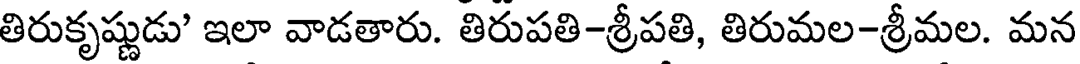
తిరుకృష్ణుడు' ఇలా వాడతారు. తిరుపతి-శ్రీపతి, తిరుమల-శ్రీమల. మన